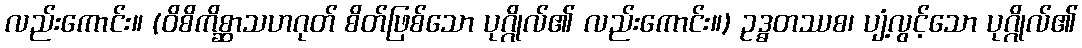
လည်းကောင်း။ (ဝိစိကိစ္ဆာသဟဂုတ် စိတ်ဖြစ်သော ပုဂ္ဂိုလ်၏ လည်းကောင်း။) ဥဒ္ဓတဿစ၊ ပျံ့လွင့်သော ပုဂ္ဂိုလ်၏